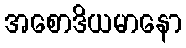
အစောဒိယမာနော